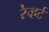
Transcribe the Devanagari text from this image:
रेव्हर्ट